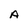
Character: A